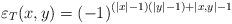
LaTeX: \begin{align*}\varepsilon _{T}(x,y)=\left( -1\right) ^{\left( \left| x\right| -1\right) \left( \left| y\right| -1\right) +\left| x,y\right| -1}\end{align*}